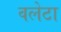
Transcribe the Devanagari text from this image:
वलेटा